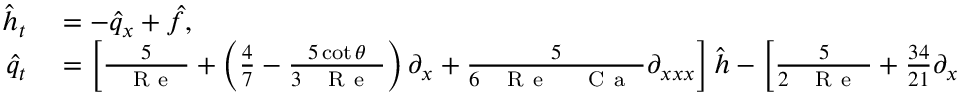
\begin{array} { r l } { \hat { h } _ { t } } & { { } = - \hat { q } _ { x } + \hat { f } , } \\ { \hat { q } _ { t } } & { { } = \left[ \frac { 5 } { \mathrm { ~ \textit ~ { ~ R ~ e ~ } ~ } } + \left( \frac { 4 } { 7 } - \frac { 5 \cot { \theta } } { 3 \mathrm { ~ \textit ~ { ~ R ~ e ~ } ~ } } \right) \partial _ { x } + \frac { 5 } { 6 \mathrm { ~ \textit ~ { ~ R ~ e ~ } ~ } \mathrm { ~ \textit ~ { ~ C ~ a ~ } ~ } } \partial _ { x x x } \right] \hat { h } - \left[ \frac { 5 } { 2 \mathrm { ~ \textit ~ { ~ R ~ e ~ } ~ } } + \frac { 3 4 } { 2 1 } \partial _ { x } \right] \hat { q } + \left[ \frac { 1 } { 3 } \right] \hat { f } , } \end{array}